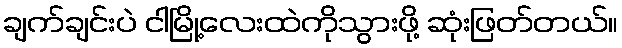
ချက်ချင်းပဲ ငါမြို့လေးထဲကိုသွားဖို့ ဆုံးဖြတ်တယ်။